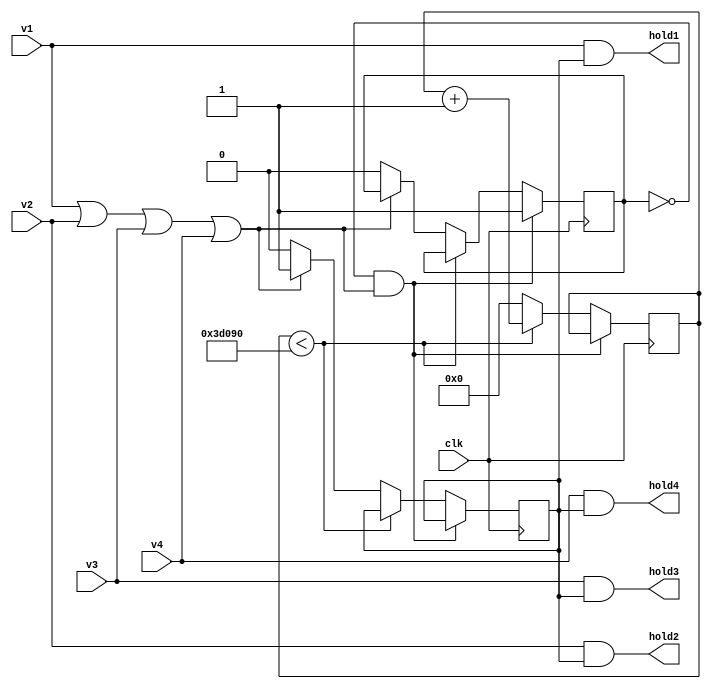
module keyboard (
	input v1, v2, v3, v4, clk,
	
	output hold1, hold2, hold3, hold4
);

reg hold, ok;
wire push;
assign push = v1|v2|v3|v4;
reg [17:0] time_cnt;

always @ (negedge clk) begin
	if (!ok && push)
		ok <= 1;
	else
	begin
		if (time_cnt < 18'd250000)
			time_cnt <= time_cnt + 18'd1;
		else
		begin
			time_cnt <= 0;
			if (push) 
				hold <= 1;
			else
			begin
				ok <= 0;
				hold <= 0;
			end
		end
	end
end

assign hold1 = v1 & hold;
assign hold2 = v2 & hold;
assign hold3 = v3 & hold;
assign hold4 = v4 & hold;

endmodule